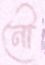
নৌ